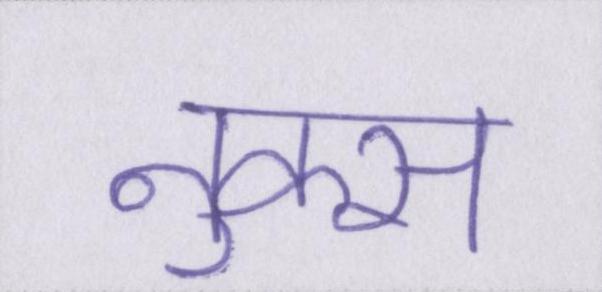
नुक्स